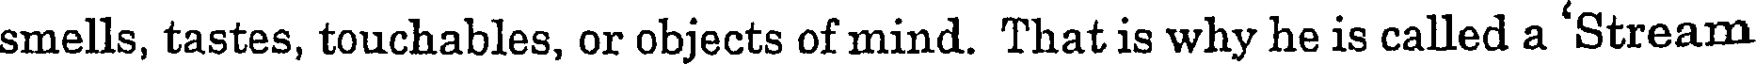
smells, tastes, touchables, or objects of mind. That is why he is called a 'Stream